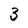
Character: 3